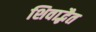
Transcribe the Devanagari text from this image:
शिवाद्भैत